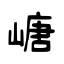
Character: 嵣